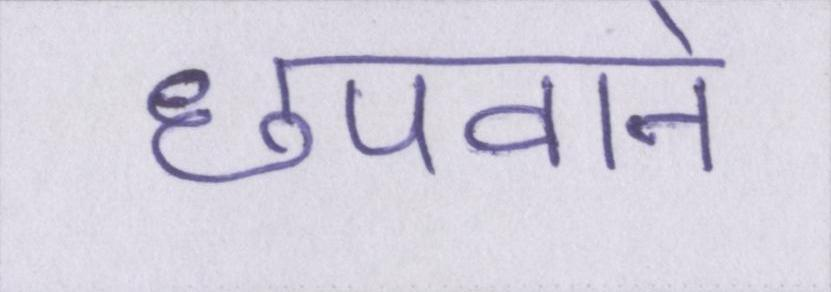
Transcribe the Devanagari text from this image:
छपवाने